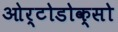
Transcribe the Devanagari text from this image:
ओर्टोडोक्सो